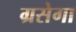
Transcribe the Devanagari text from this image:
ग्रसेगा